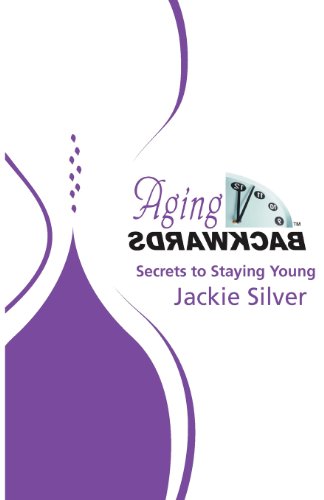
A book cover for Aging Backwards: Secrets to Staying Young; Jackie Silver; Health, Fitness & Dieting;